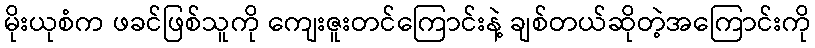
မိုးယုစံက ဖခင်ဖြစ်သူကို ကျေးဇူးတင်ကြောင်းနဲ့ ချစ်တယ်ဆိုတဲ့အကြောင်းကို